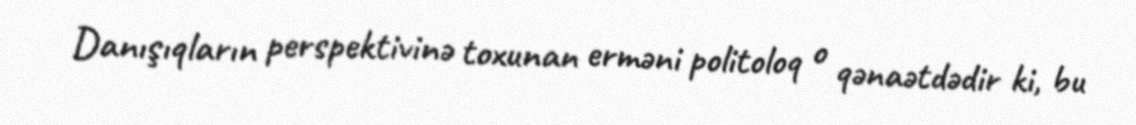
Danışıqların perspektivinə toxunan erməni politoloq o qənaətdədir ki, bu